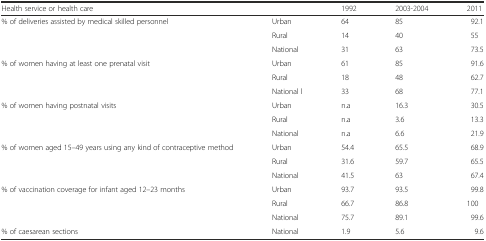
<table><thead><tr><td><b>Health service or health care</b></td><td></td><td><b>1992</b></td><td><b>2003-2004</b></td><td><b>2011</b></td></tr></thead><tbody><tr><td rowspan="3">% of deliveries assisted by medical skilled personnel</td><td>Urban</td><td>64</td><td>85</td><td>92.1</td></tr><tr><td>Rural</td><td>14</td><td>40</td><td>55</td></tr><tr><td>National</td><td>31</td><td>63</td><td>73.5</td></tr><tr><td rowspan="3">% of women having at least one prenatal visit</td><td>Urban</td><td>61</td><td>85</td><td>91.6</td></tr><tr><td>Rural</td><td>18</td><td>48</td><td>62.7</td></tr><tr><td>National l</td><td>33</td><td>68</td><td>77.1</td></tr><tr><td rowspan="3">% of women having postnatal visits</td><td>Urban</td><td>n.a</td><td>16.3</td><td>30.5</td></tr><tr><td>Rural</td><td>n.a</td><td>3.6</td><td>13.3</td></tr><tr><td>National</td><td>n.a</td><td>6.6</td><td>21.9</td></tr><tr><td rowspan="3">% of women aged 15–49 years using any kind of contraceptive method</td><td>Urban</td><td>54.4</td><td>65.5</td><td>68.9</td></tr><tr><td>Rural</td><td>31.6</td><td>59.7</td><td>65.5</td></tr><tr><td>National</td><td>41.5</td><td>63</td><td>67.4</td></tr><tr><td rowspan="3">% of vaccination coverage for infant aged 12–23 months</td><td>Urban</td><td>93.7</td><td>93.5</td><td>99.8</td></tr><tr><td>Rural</td><td>66.7</td><td>86.8</td><td>100</td></tr><tr><td>National</td><td>75.7</td><td>89.1</td><td>99.6</td></tr><tr><td>% of caesarean sections</td><td>National</td><td>1.9</td><td>5.6</td><td>9.6</td></tr></tbody></table>